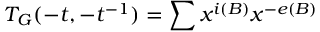
T _ { { \cal G } } ( - t , - t ^ { - 1 } ) = \sum x ^ { i ( B ) } x ^ { - e ( B ) }